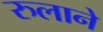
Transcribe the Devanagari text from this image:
रुलाने